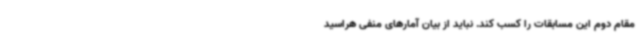
مقام دوم این مسابقات را کسب کند. نباید از بیان آمارهای منفی هراسید